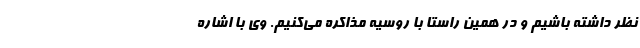
نظر داشته باشیم و در همین راستا با روسیه مذاکره می‌کنیم. وی با اشاره